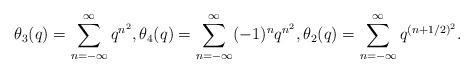
LaTeX: \begin{align*} \theta_{3}(q) = \sum_{n= - \infty}^{\infty} q^{n^{2}}, \theta_{4}(q) = \sum_{n = - \infty}^{\infty} (-1)^{n} q^{n^{2}}, \theta_{2}(q) = \sum_{n=-\infty}^{\infty} q^{(n + 1/2)^{2}}.\end{align*}